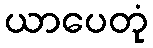
ယာပေတုံ